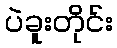
ပဲခူးတိုင်း